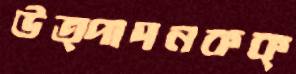
উত্পাদনকক্